Indian journal of veterinary science and animal husbandry - Volume 10,
Year: 1940
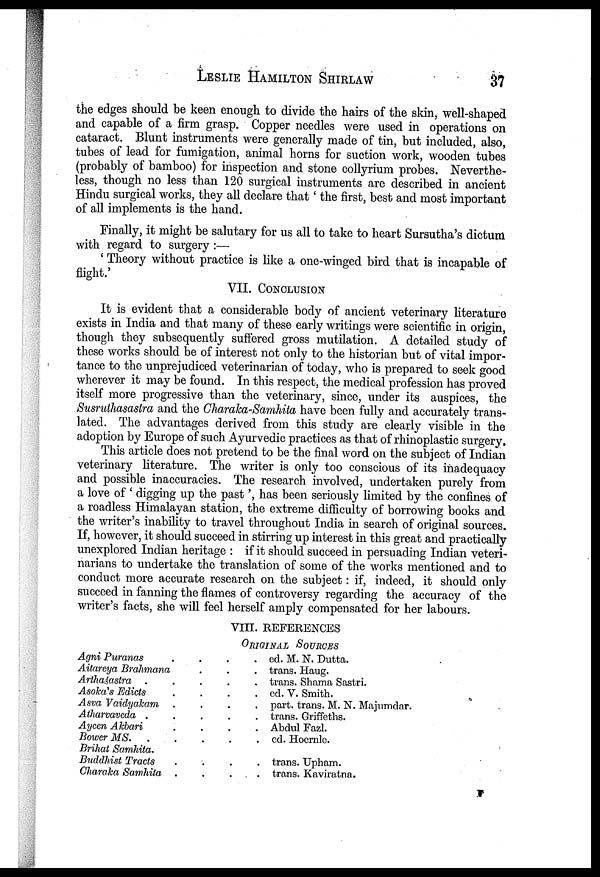
LESLIE
HAMILTON
SHIRLAW
37
the edges should be keen enough to divide the hairs of the skin, well-shaped
and capable of a firm grasp. Copper needles were used in operations on
cataract. Blunt instruments were generally made of tin, but included, also,
tubes of lead for fumigation, animal horns for suction work, wooden tubes
(probably of bamboo) for inspection and stone collyrium probes. Neverthe
less, though no less than 120 surgical instruments are described in ancient
Hindu surgical works, they all declare that ' the first, best and most important
of all implements is the hand.
Finally, it might be salutary for us all to take to heart Sursutha's dictum
with regard to surgery :—
' Theory without practice is like a one-winged bird that is incapable of
flight.'
VII. CONCLUSION
It is evident that a considerable body of ancient veterinary literature
exists in India and that many of these early writings were scientific in origin,
though they subsequently suffered gross mutilation. A detailed study of
these works should be of interest not only to the historian but of vital impor
tance to the unprejudiced veterinarian of today, who is prepared to seek good
wherever it may be found. In this respect, the medical profession has proved
itself more progressive than the veterinary, since, under its auspices, the
Susruthasastra and the Charaka-Samhita have been fully and accurately trans
lated. The advantages derived from this study are clearly visible in the
adoption by Europe of such Ayurvedic practices as that of rhinoplastic surgery.
This article does not pretend to be the final word on the subject of Indian
veterinary literature. The writer is only too conscious of its inadequacy
and possible inaccuracies. The research involved, undertaken purely from
a love of ' digging up the past', has been seriously limited by the confines of
a roadless Himalayan station, the extreme difficulty of borrowing books and
the writer's inability to travel throughout India in search of original sources.
If, however, it should succeed in stirring up interest in this great and practically
unexplored Indian heritage : if it should succeed in persuading Indian veteri
narians to undertake the translation of some of the works mentioned and to
conduct more accurate research on the subject: if, indeed, it should only
succeed in fanning the flames of controversy regarding the accuracy of the
writer's facts, she will feel herself amply compensated for her labours.
VIII. REFERENCES
ORIGINAL SOURCES
Agni Puranas
.
.
.
. .
Aitareya Brahmana . . .
Arthaśastra .
.
.
.
.
Asoka's Edicts
.
.
.
.
Asva Vaidyakam .
.
.
.
Atharvaveda .
.
.
.
.
Ayeen Akbari
.
.
.
.
Bower MS . . . . . .
Brihat Samhita.
Buddhist Tracts
.
.
.
.
Charaka Samhita .
.
.
.
ed. M. N. Dutta.
trans. Haug.
trans. Shama Sastri.
cd. V. Smith.
part. trans. M. N. Majumdar.
trans. Griffeths.
Abdul Fazl.
cd. Hoernle.
trans. Upham.
trans. Kaviratna.